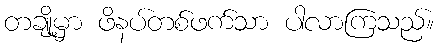
တချို့မှာ ဖိနပ်တစ်ဖက်သာ ပါလာကြသည်။